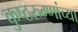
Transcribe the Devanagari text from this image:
कुष्ठरुग्णांच्या